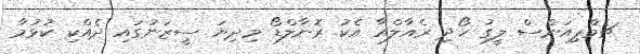
ޗެމްޕިއަންސް ލީގު ހޯދި ރެއާލްއާ އެކު ރޮނާލްޑޯ މިދިޔަ ސީޒަނުގައި ދެއްކި ކުޅުމާ